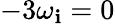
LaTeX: -3\omega_{\mathbf{i}}=0